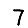
Digit: 7